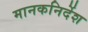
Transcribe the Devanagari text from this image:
मानकनिर्देश